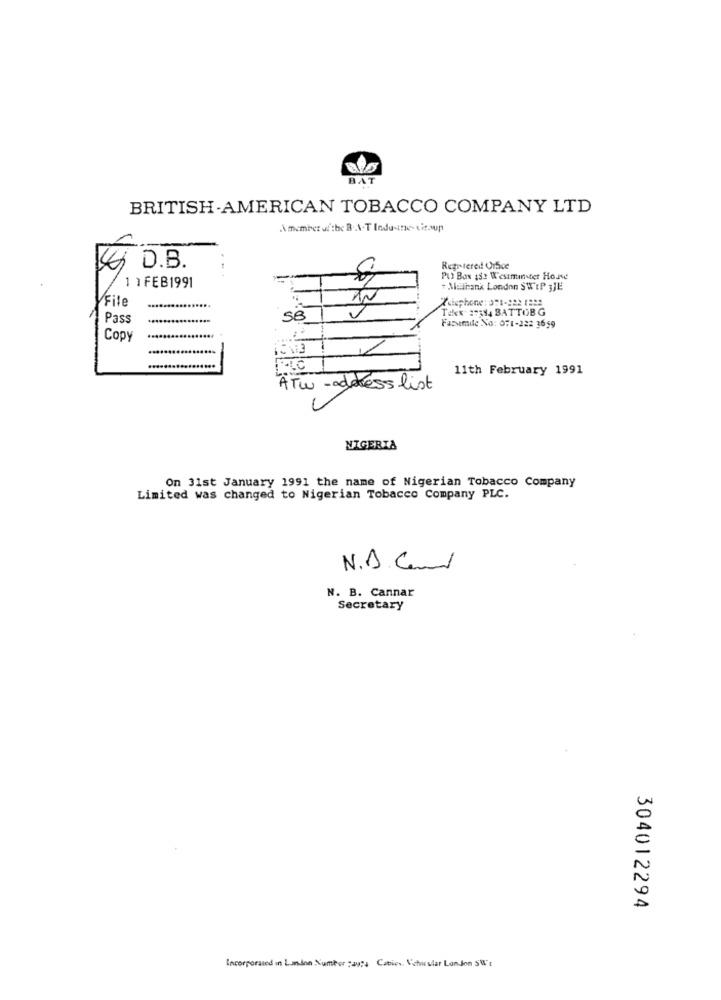
BAT
BRITISH-AMERICAN TOBACCO COMPANY LTD
Amember of the B.A.T Industrie- Lit.sup
14, D.B.
Regrtered Office
Pu Bas 15: Westminster Horse
1 1 FEB1991
# Malibank London SWEP 3JE
File
2
Telex ##384 BATTOB G
Pass
SB
Fazsmile No: 071-222 3659
Copy
11th February 1991
ATw -address list
NIGERIA
On 31st January 1991 the name of Nigerian Tobacco Company
Limited was changed to Nigerian Tobacco Company PLC.
N. B. Cand
N. B. Cannar
Secretary
304012294
Incorporated in London Number :ays Cabico. Nichos ular London SW's